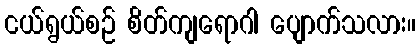
ငယ်ရွယ်စဉ် စိတ်ကျရောဂါ ပျောက်သလား။